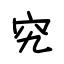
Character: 究